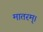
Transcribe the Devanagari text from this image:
मातरम्‌।